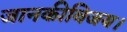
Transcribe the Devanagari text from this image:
जानकीविजय।